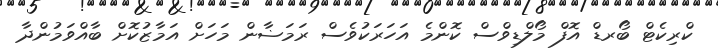
ކްރިކެޓް ބޯރޑް އޮފް މޯލްޑިވްސް ކޮންމެ އަހަރަކުވެސް ރަމަޟާން މަހަށް އަމާޒުކޮށް ބާއްވަމުންދާ